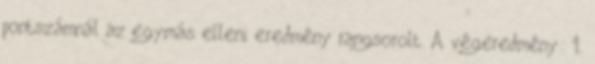
pontszámnál az egymás elleni eredmény rangsorolt. A végeredmény: 1.